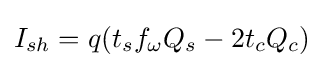
I_{sh}=q(t_{s}f_{\omega }Q_{s}-2t_{c}Q_{c})